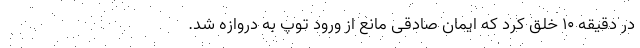
در دقیقه ۱۰ خلق کرد که ایمان صادقی مانع از ورود توپ به دروازه شد.